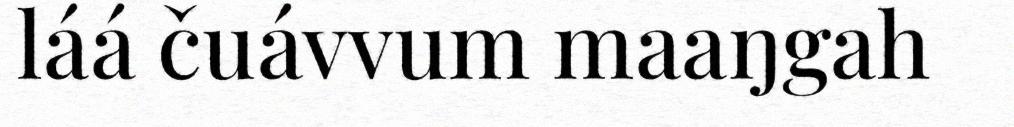
láá čuávvum maaŋgah